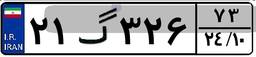
۶۳گ۶۶۳۲۶